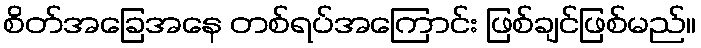
စိတ်အခြေအနေ တစ်ရပ်အကြောင်း ဖြစ်ချင်ဖြစ်မည်။